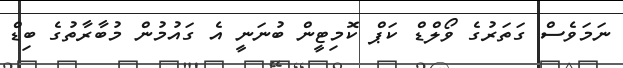
ނަމަވެސް ގަތަރުގެ ވޯލްޑް ކަޕް ކޮމިޓީން ބުނަނީ އެ ގައުމުން މުބާރާތުގެ ބިޑް